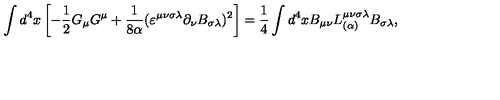
\int d ^ { 4 } x \left[ - \frac { 1 } { 2 } G _ { \mu } G ^ { \mu } + \frac { 1 } { 8 \alpha } ( \varepsilon ^ { \mu \nu \sigma \lambda } \partial _ { \nu } B _ { \sigma \lambda } ) ^ { 2 } \right] = \nonumber \frac { 1 } { 4 } \int d ^ { 4 } x B _ { \mu \nu } L _ { ( \alpha ) } ^ { \mu \nu \sigma \lambda } B _ { \sigma \lambda } ,